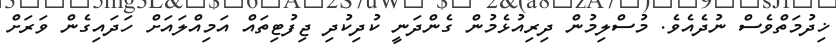
ޚިދުމަތްވެސް ނުދެއެވެ. މުސްލިމުން ދިރިއުޅެމުން ގެންދަނީ ކުދިކުދި ޖިފުޓިތައް އަމިއްލައަށް ހަދައިގެން ވަރަށް